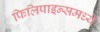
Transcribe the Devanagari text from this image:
फिलिपाइन्समध्ये